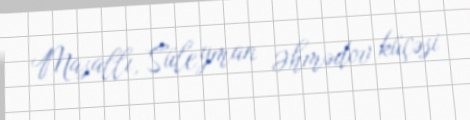
Masallı, Süleyman Əhmədov küçəsi